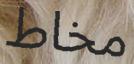
مخاط